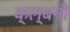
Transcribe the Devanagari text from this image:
क्ल्बनी